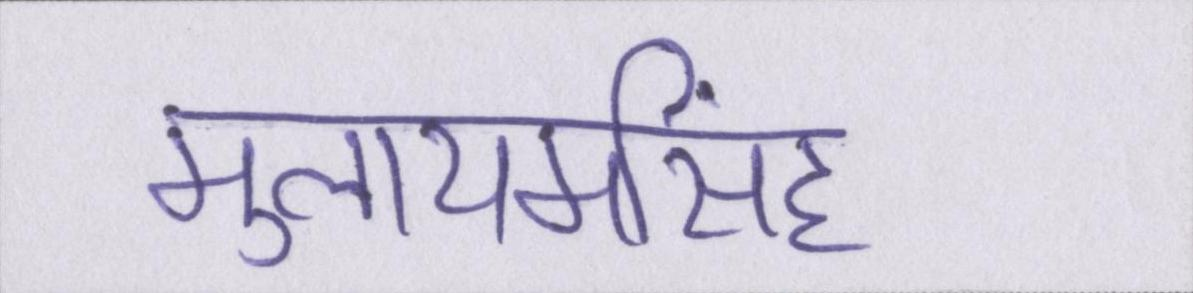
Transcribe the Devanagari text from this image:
मुलायमसिंह